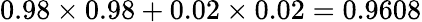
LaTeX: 0.98\times 0.98+0.02\times 0.02=0.9608